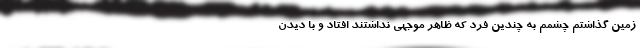
زمین گذاشتم چشمم به چندین فرد که ظاهر موجهی نداشتند افتاد و با دیدن